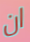
ان